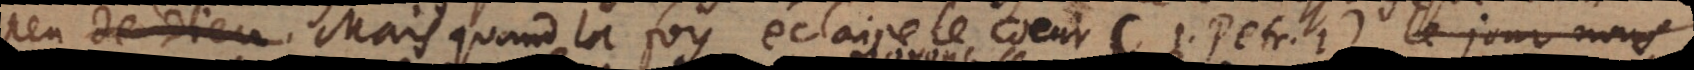
bien peu. Mais quand la foy éclaire le coeur (1. Petr. I), nous nous